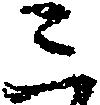
三